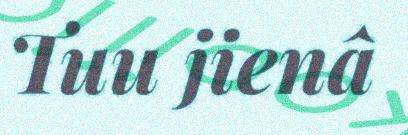
Tuu jienâ